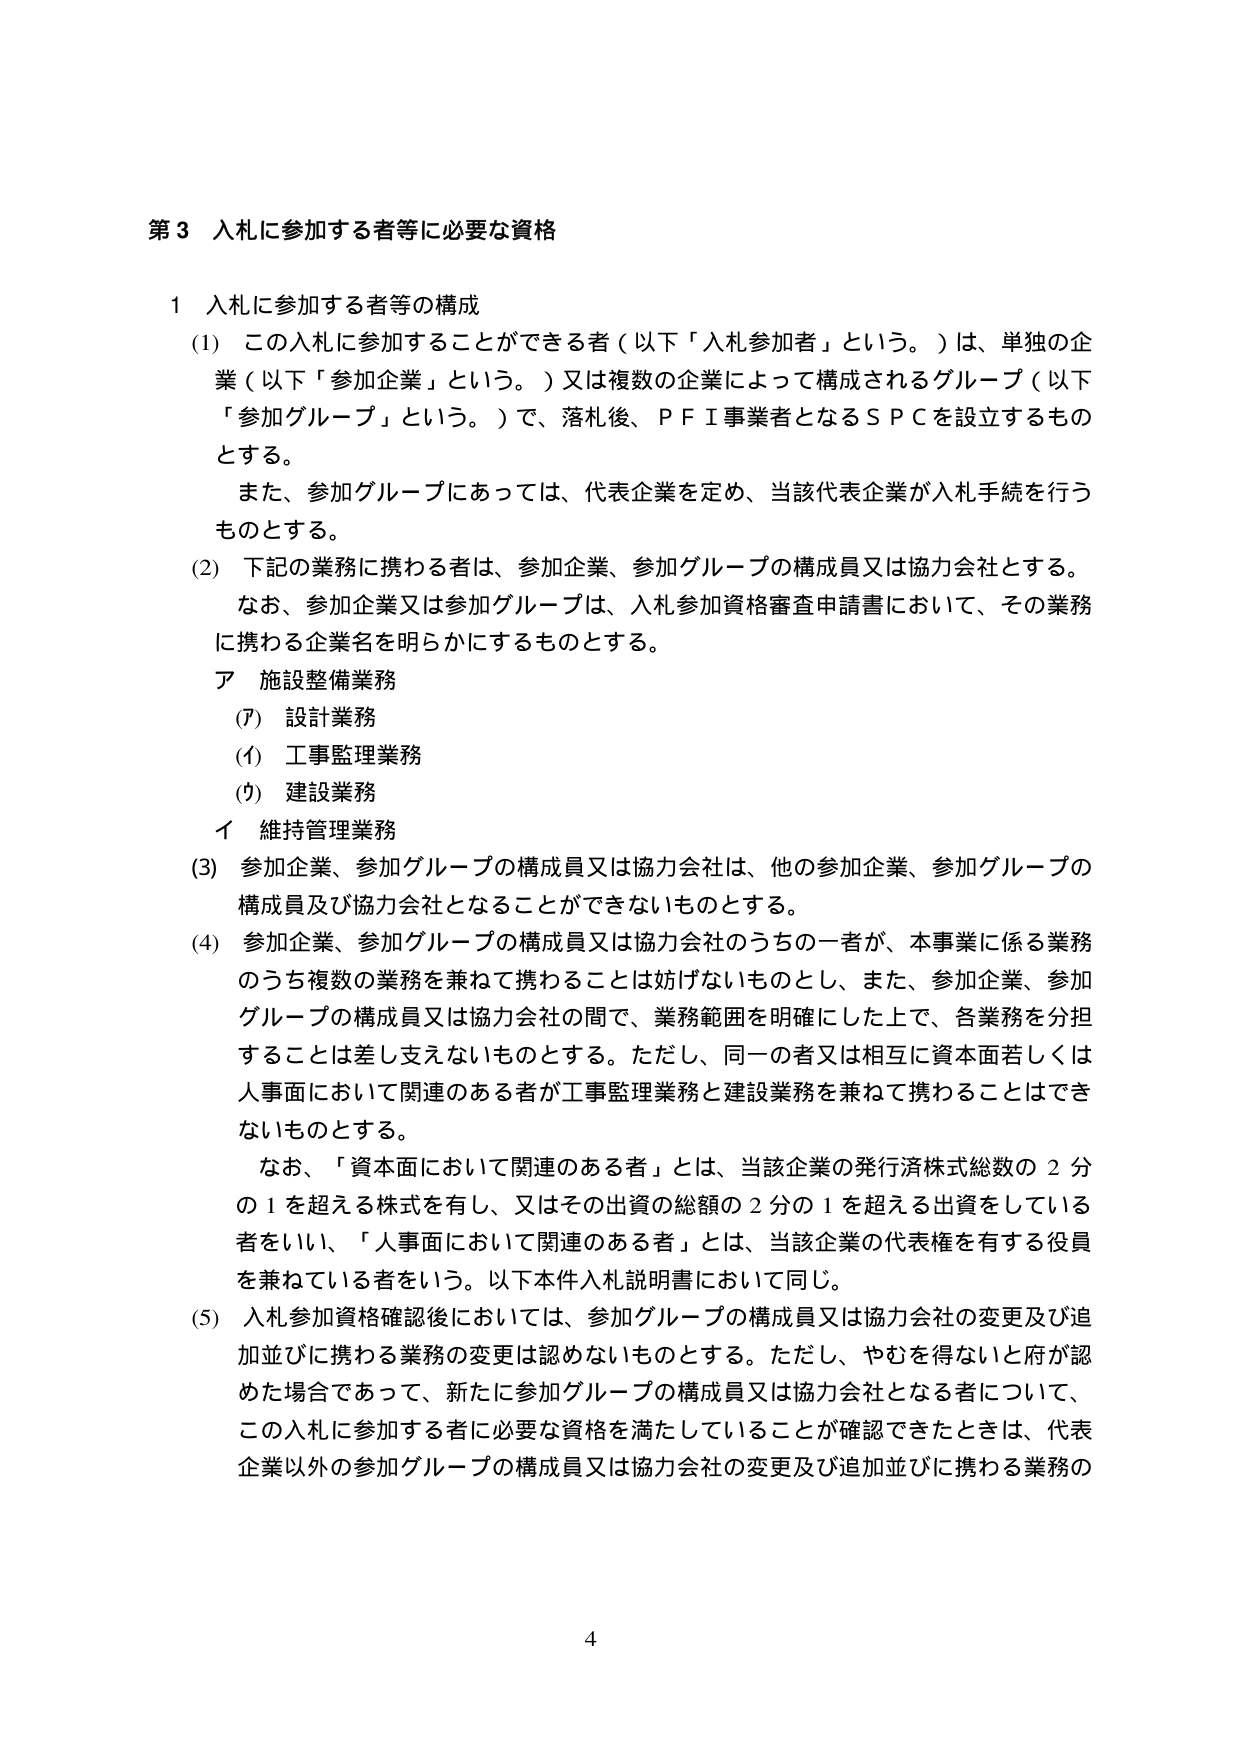
第３ 入札に参加する者等に必要な資格

１ 入札に参加する者等の構成

(1) この入札に参加することができる者（以下「入札参加者」という。）は、単独の企業（以下「参加企業」という。）又は複数の企業によって構成されるグループ（以下「参加グループ」という。）で、落札後、ＰＦＩ事業者となるＳＰＣを設立するものとする。

また、参加グループにあっては、代表企業を定め、当該代表企業が入札手続を行うものとする。

(2) 下記の業務に携わる者は、参加企業、参加グループの構成員又は協力会社とする。

なお、参加企業又は参加グループは、入札参加資格審査申請書において、その業務に携わる企業名を明らかにするものとする。

ア 施設整備業務

(ｱ) 設計業務

(ｲ) 工事監理業務

(ｳ) 建設業務

イ 維持管理業務

(3) 参加企業、参加グループの構成員又は協力会社は、他の参加企業、参加グループの構成員及び協力会社となることはできないものとする。

(4) 参加企業、参加グループの構成員又は協力会社のうちの一者が、本事業に係る業務のうち複数の業務を兼ねて携わることは妨げないものとし、また、参加企業、参加グループの構成員又は協力会社の間で、業務範囲を明確にした上で、各業務を分担することは差し支えないものとする。ただし、同一の者又は相互に資本面若しくは人事面において関連のある者が工事監理業務と建設業務を兼ねて携わることはできないものとする。

なお、「資本面において関連のある者」とは、当該企業の発行済株式総数の２分の１を超える株式を有し、又はその出資の総額の２分の１を超える出資をしている者をいい、「人事面において関連のある者」とは、当該企業の代表権を有する役員を兼ねている者をいう。以下本件入札説明書において同じ。

(5) 入札参加資格確認後においては、参加グループの構成員又は協力会社の変更及び追加並びに携わる業務の変更は認めないものとする。ただし、やむを得ないと府が認めた場合であって、新たに参加グループの構成員又は協力会社となる者について、この入札に参加する者に必要な資格を満たしていることが確認できたときは、代表企業以外の参加グループの構成員又は協力会社の変更及び追加並びに携わる業務の

4